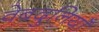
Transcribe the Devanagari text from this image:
वेबदुनियाँ